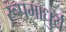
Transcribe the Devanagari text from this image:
रूपमाधुर्य